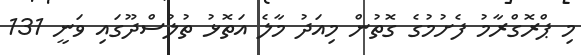
މި ޕްރޮގްރާމު ފެށުމުގެ ގޮތުން މިއަދު މާލެ އަތޮޅު ތުލުސްދޫގައި ވަނީ 131